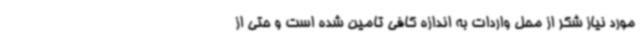
مورد نیاز شکر از محل واردات به اندازه کافی تامین شده است و حتی از